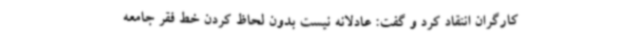
کارگران انتقاد کرد و گفت: عادلانه نیست بدون لحاظ کردن خط فقر جامعه